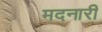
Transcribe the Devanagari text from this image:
मदनारी